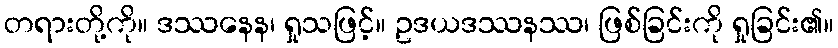
တရားတို့ကို။ ဒဿနေန၊ ရှုသဖြင့်။ ဥဒယဒဿနဿ၊ ဖြစ်ခြင်းကို ရှုခြင်း၏။